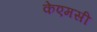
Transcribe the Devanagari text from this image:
केएमसी